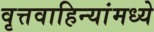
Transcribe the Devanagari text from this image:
वृत्तवाहिन्यांमध्ये